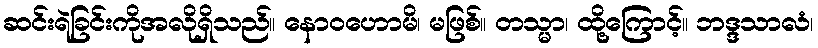
ဆင်းရဲခြင်းကိုအလိုရှိသည်။ နောဝဟောမိ၊ မဖြစ်။ တသ္မာ၊ ထို့ကြောင့်။ ဘဒ္ဒသာလံ၊